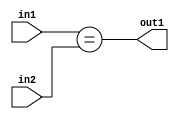
`timescale 1ps / 1ps
/*****************************************************************************
    Verilog RTL Description
    
    
    Created by: Stratus DpOpt 21.05.01 
*******************************************************************************/

module dut_Equal_14Ux4U_1U_4 (
	in2,
	in1,
	out1
	); /* architecture "behavioural" */ 
input [13:0] in2;
input [3:0] in1;
output  out1;
wire  asc001;

assign asc001 = (in1==in2);

assign out1 = asc001;
endmodule

/* CADENCE  urn1SQA= : u9/ySxbfrwZIxEzHVQQV8Q== ** DO NOT EDIT THIS LINE ******/